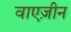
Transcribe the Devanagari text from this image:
वाएज़ीन